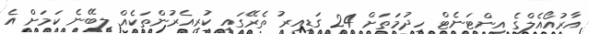
އާރުއޯއެލްގެ އިންޓަނެޓް ހިދުމަތަށް 24 ގަޑިއިރު ތެރޭގައި ކުރިއެރުންތަކެއް ލިބޭނެ ކަމަށް އެ